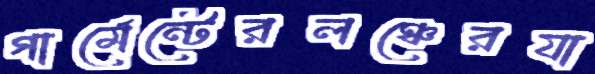
গার্মেন্টেরলঞ্চেরযা